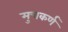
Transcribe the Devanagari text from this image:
मुचकर्ण